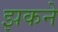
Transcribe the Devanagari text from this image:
झकने